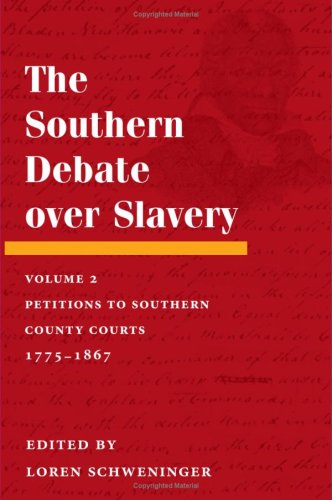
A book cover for The Southern Debate over Slavery, Volume 2: Petitions to Southern County Courts, 1775-1867; Law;